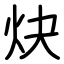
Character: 炔